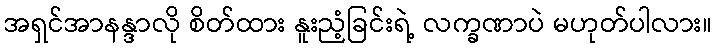
အရှင်အာနန္ဒာလို စိတ်ထား နူးညံ့ခြင်းရဲ့ လက္ခဏာပဲ မဟုတ်ပါလား။